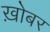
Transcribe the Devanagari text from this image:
ख़ोबर